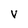
Character: V